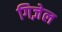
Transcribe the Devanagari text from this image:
गिज़ेल